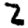
Digit: 2